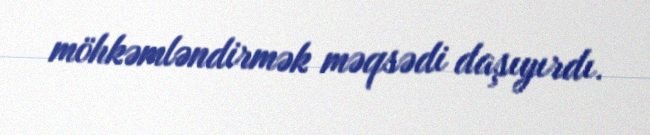
möhkəmləndirmək məqsədi daşıyırdı.